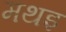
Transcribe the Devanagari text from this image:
मथइ